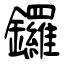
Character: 鑼